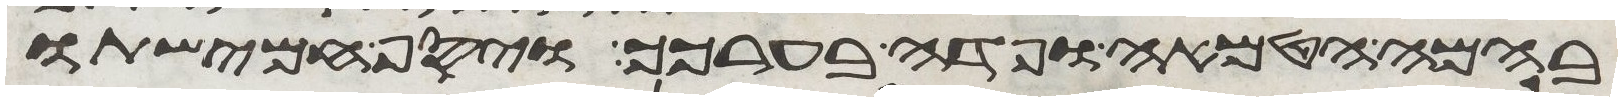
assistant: בבהמה הטמאה ופדה בערכך ויסף חמישתו